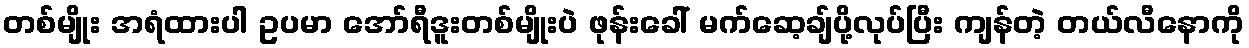
တစ်မျိုး အရံထားပါ ဥပမာ အော်ရီဒူးတစ်မျိုးပဲ ဖုန်းခေါ် မက်ဆေ့ချ်ပို့လုပ်ပြီး ကျန်တဲ့ တယ်လီနောကို